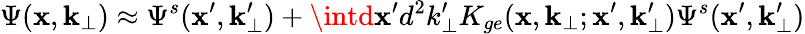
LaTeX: \Psi(\mathbf{x},{\mathbf{k}_{\bot}})\approx\Psi^{s}(\mathbf{x}^{\prime},{\mathbf{k}_{\bot}^{\prime}})+\intd\mathbf{x}^{\prime}d^{2}k_{\bot}^{\prime}K_{ge}(\mathbf{x},{\mathbf{k}_{\bot}};\mathbf{x}^{\prime},{\mathbf{k}_{\bot}^{\prime}})\Psi^{s}(\mathbf{x}^{\prime},{\mathbf{k}_{\bot}^{\prime}})